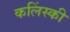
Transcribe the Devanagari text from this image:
कलिंस्की